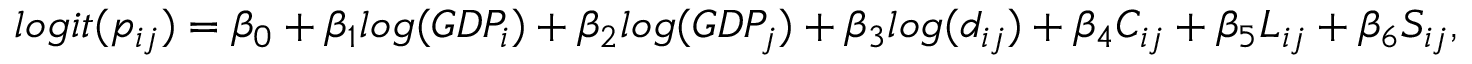
l o g i t ( p _ { i j } ) = \beta _ { 0 } + \beta _ { 1 } l o g ( G D P _ { i } ) + \beta _ { 2 } l o g ( G D P _ { j } ) + \beta _ { 3 } l o g ( d _ { i j } ) + \beta _ { 4 } C _ { i j } + \beta _ { 5 } L _ { i j } + \beta _ { 6 } S _ { i j } ,